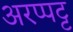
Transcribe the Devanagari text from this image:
अरप्पट्ट